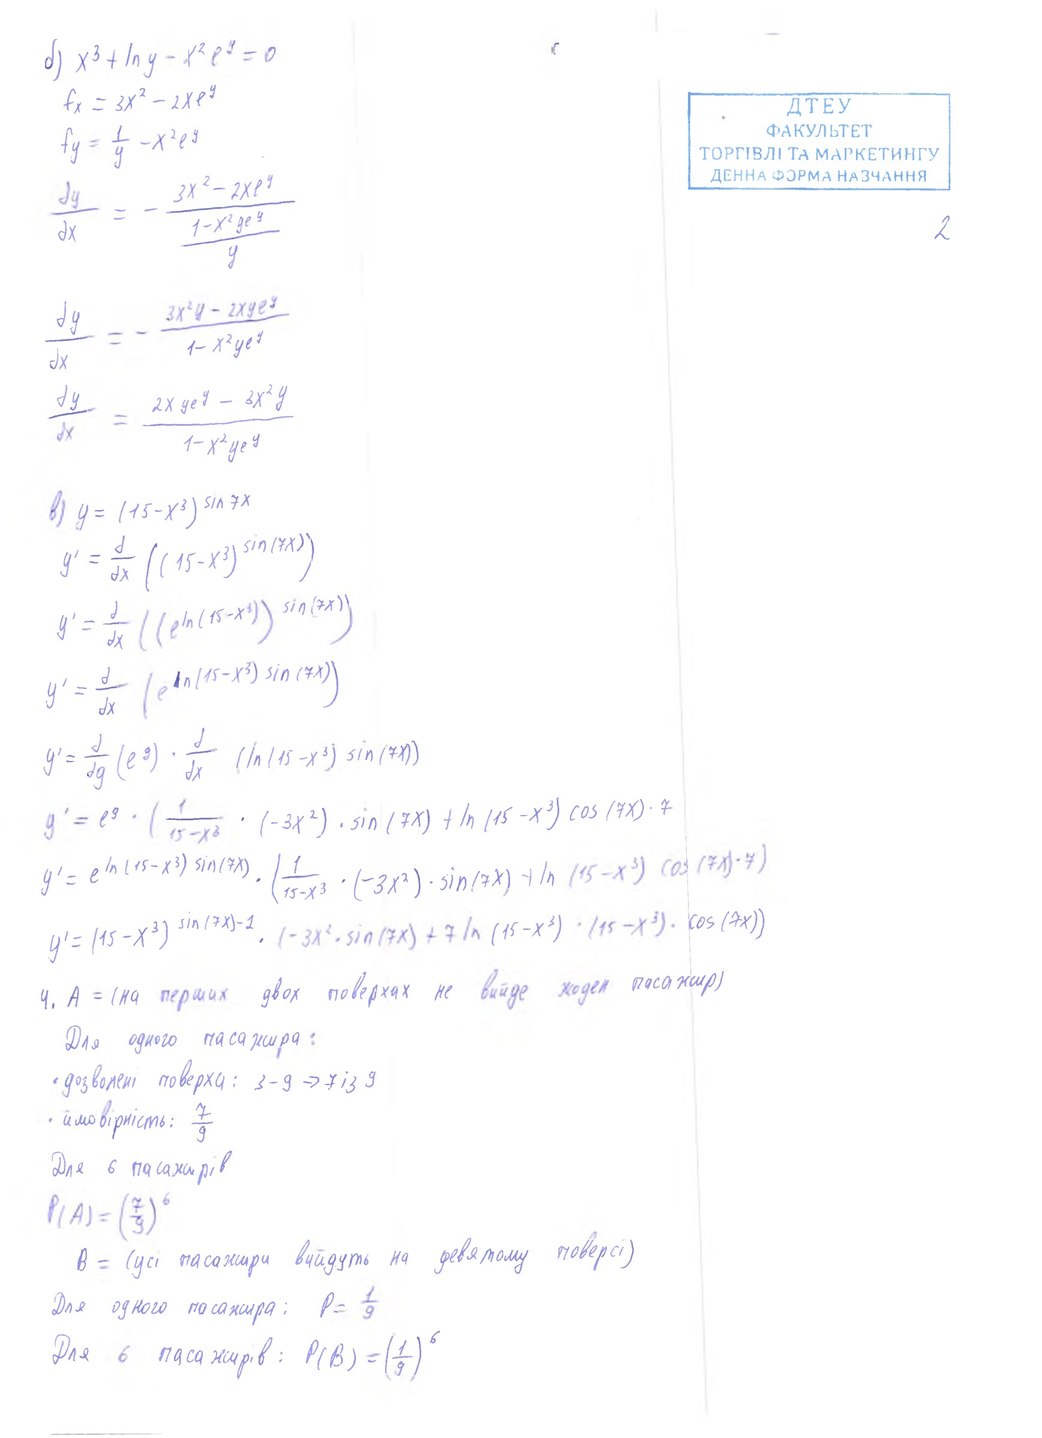
\delta) \ x^3 + \ln y - x^2 e^y = 0 \\ f_x = 3x^2 - 2x e^y \\ f_y = \frac{1}{y} - x^2 e^y \\ \frac{\partial y}{\partial x} = - \frac{3x^2 - 2x e^y}{\frac{1 - x^2 y e^y}{y}}
2
\begin{aligned} \frac{dy}{dx} &= - \frac{3x^2y - 2xye^y}{1 - x^2ye^y} \\ \frac{dy}{dx} &= \frac{2xye^y - 3x^2y}{1 - x^2ye^y} \end{aligned}
b) \ y = (15 - x^3)^{\sin 7x}
y' = \frac{d}{dx} ((15 - x^3)^{\sin(7x)})
y' = \frac{d}{dx} ((e^{\ln(15-x^3)})^{\sin(7x)})
y' = \frac{d}{dx} (e^{\ln(15-x^3) \sin(7x)})
y' = \frac{d}{dg} (e^g) \cdot \frac{d}{dx} (\ln(15 - x^3) \sin(7x))
y' = e^g \cdot (\frac{1}{15 - x^3} \cdot (-3x^2) \cdot \sin(7x) + \ln(15 - x^3) \cos(7x) \cdot 7
y' = e^{\ln(15-x^3) \cdot \sin(7x)} \cdot (\frac{1}{15-x^3} \cdot (-3x^2) \cdot \sin(7x) + \ln(15-x^3) \cdot \cos(7x) \cdot 7)
y' = (15-X3) sin(7x)-1*(-3X^2*sin(7x) + 7|n(15-X^3) * (15-X^3) * cos(7X)}
4. A = (на перших двох поверхах не вийде жоден пасажир)
Для одного пасажира:
• дозволені поверхи: 3-9 →7 із 9
ймовірність: 7/9
Для 6 пасажирів
P(A) = (\frac{7}{9})^6
B = (усі пасажири вийдуть на дев'ятому поверсі)
Для одного пассажира: P = 1/9
P(B) = \left(\frac{1}{9}\right)^6
Для пасажирів: